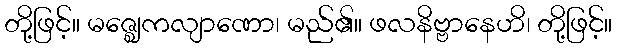
တို့ဖြင့်။ မဇ္ဈေကလျာဏော၊ မည်၏။ ဖလနိဗ္ဗာနေဟိ၊ တို့ဖြင့်။